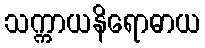
သက္ကာယနိရောဓာယ